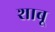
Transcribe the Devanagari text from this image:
शाबू